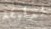
لدقيقة